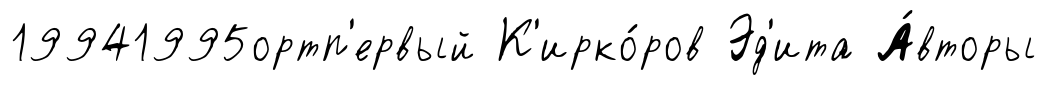
19941995ортп'ервый К'ирко́ров Эд'ита А́вторы